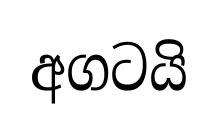
අගටයි